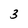
Character: 3